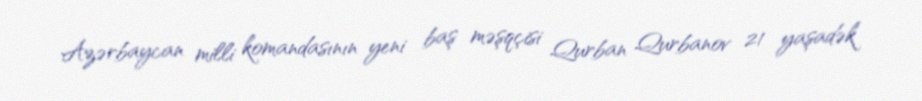
Azərbaycan milli komandasının yeni baş məşqçisi Qurban Qurbanov 21 yaşadək